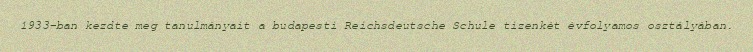
1933-ban kezdte meg tanulmányait a budapesti Reichsdeutsche Schule tizenkét évfolyamos osztályában.